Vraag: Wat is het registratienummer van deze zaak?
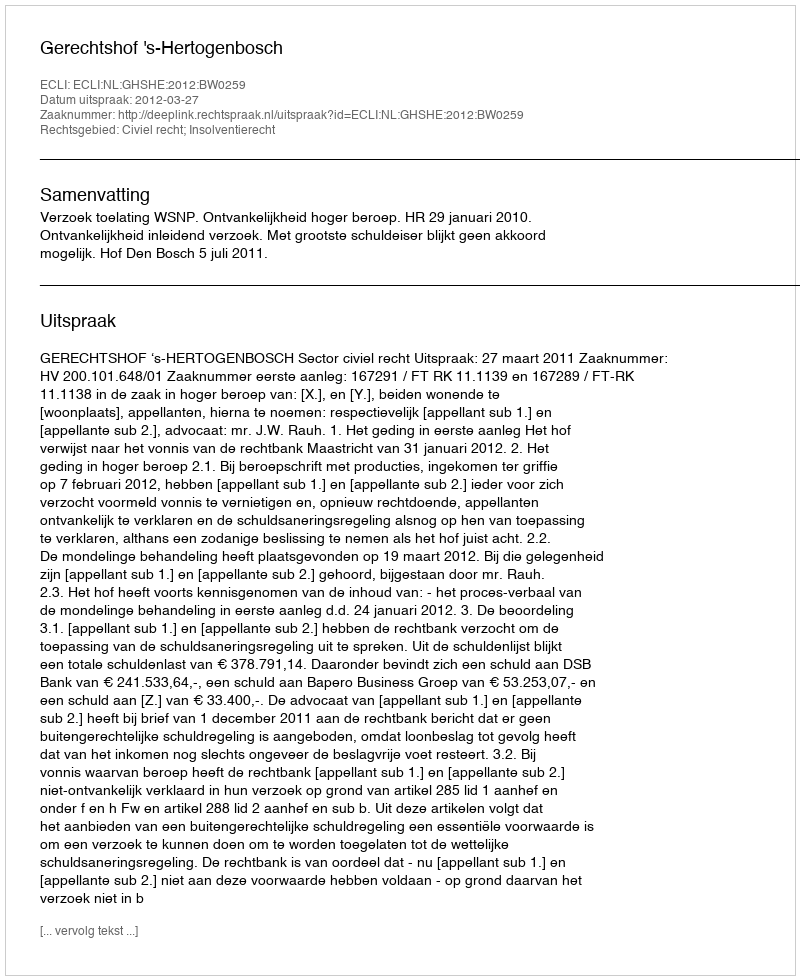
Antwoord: http://deeplink.rechtspraak.nl/uitspraak?id=ECLI:NL:GHSHE:2012:BW0259